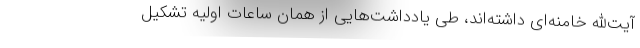
آیت‌الله خامنه‌ای داشته‌اند، طی یادداشت‌هایی از همان ساعات اولیه تشکیل